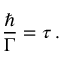
\frac { \hbar } { \Gamma } = \tau \, .